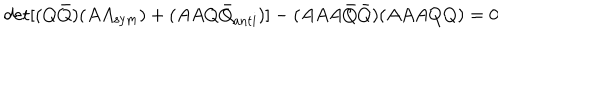
LaTeX: \det [ ( Q { \bar { Q } } ) ( A A _ { \mathrm { s y m } } ) + ( A A Q { \bar { Q } } _ { \mathrm { a n t i } } ) ] - ( A A A { \bar { Q } } { \bar { Q } } ) ( A A A Q Q ) = 0